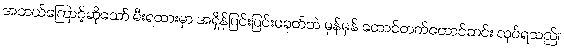
အဘယ်ကြောင့်ဆိုသော် မီးရထားမှာ အရှိန်ပြင်းပြင်းမခုတ်ဘဲ မှန်မှန် တောင်တက်တောင်ဆင်း လုပ်ရသည်။